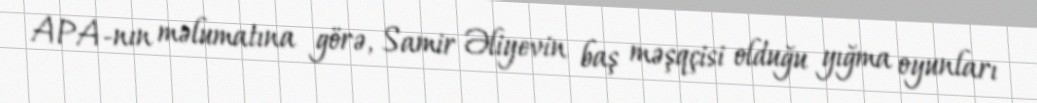
APA-nın məlumatına görə, Samir Əliyevin baş məşqçisi olduğu yığma oyunları